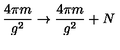
{ \frac { 4 \pi m } { g ^ { 2 } } } \rightarrow { \frac { 4 \pi m } { g ^ { 2 } } } + N